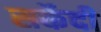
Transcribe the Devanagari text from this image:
सर्केदी